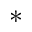
^ *